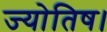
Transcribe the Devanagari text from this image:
ज्‍योतिष।